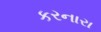
કરનારા